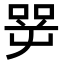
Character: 㖾